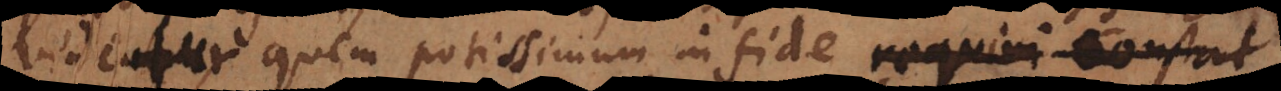
videtur, quem potissimum in fide requiri constat.